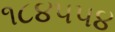
૧૮૪૫૫૪